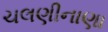
ચલણીનાણા